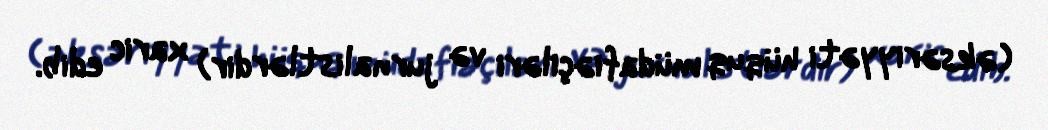
(əksəriyyəti hüquq müdafiəçiləri və jurnalistlərdir) xaric edib.